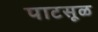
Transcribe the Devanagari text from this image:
पाटसूळ